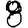
Digit: 8